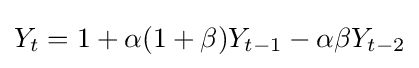
Y_{t}=1+\alpha (1+\beta )Y_{t-1}-\alpha \beta Y_{t-2}